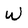
Character: W